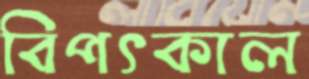
বিপৎকাল